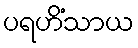
ပရဟိံသာယ